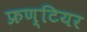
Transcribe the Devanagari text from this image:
फ्रण्टियर